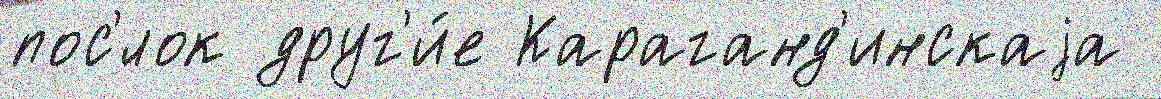
пос'́лок друг'и́е Караганд'инскаjа